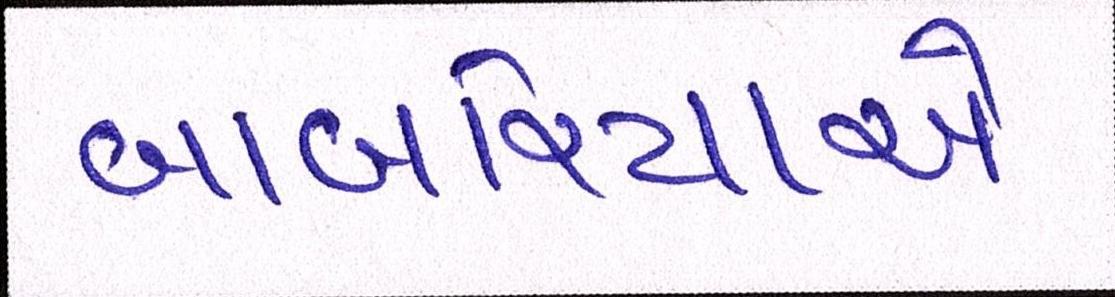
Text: બાબરિયાએ